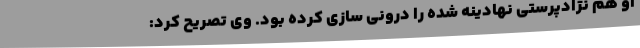
او هم نژادپرستی نهادینه شده را درونی سازی کرده بود. وی تصریح کرد: